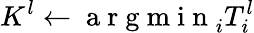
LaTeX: K^{l}\gets\mathrm{~a~r~g~m~i~n~}_{i}T_{i}^{l}